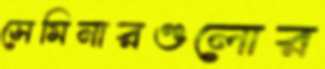
সেমিনারগুলোর